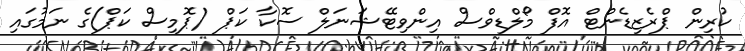
ކުރިން ޕްރެޒިޑެންޓް އޮފް މޯލްޑިވްސް އިންވިޓޭޝަނަލް ސޮކާ ކަޕް (ޕޮމިސް ކަޕް)ގެ ނަމުގައި